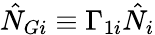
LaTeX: \hat{N}_{Gi}\equiv\Gamma_{1i}\hat{N}_{i}